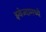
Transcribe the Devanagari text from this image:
झ्वेज्दामध्ये